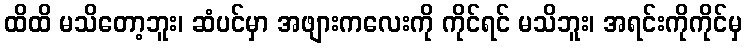
ထိထိ မသိတော့ဘူး၊ ဆံပင်မှာ အဖျားကလေးကို ကိုင်ရင် မသိဘူး၊ အရင်းကိုကိုင်မှ